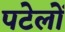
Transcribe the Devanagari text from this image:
पटेलों